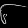
Digit: ၆